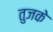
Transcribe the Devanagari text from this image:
तुजके